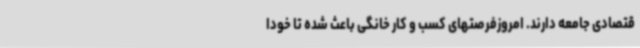
قتصادی جامعه دارند. امروزفرصتهای کسب و کار خانگی باعث شده تا خودا